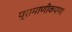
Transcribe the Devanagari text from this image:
प्रामाणीकपणा